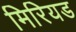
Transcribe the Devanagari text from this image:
मिरियड